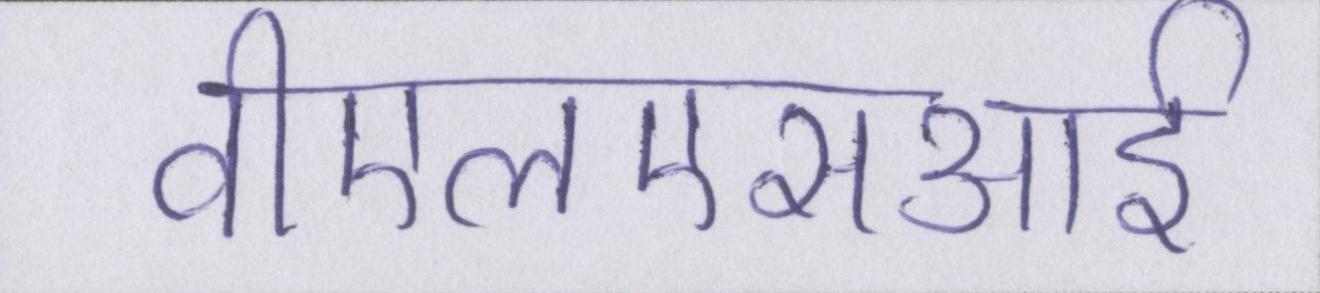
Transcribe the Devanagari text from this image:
वीएलएसआई